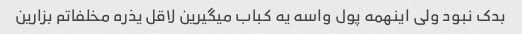
بدک نبود ولی اینهمه پول واسه یه کباب میگیرین لاقل یذره مخلفاتم بزارین